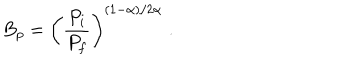
LaTeX: B _ { p } = \left( \frac { P _ { i } } { P _ { f } } \right) ^ { ( 1 - \alpha ) / 2 \alpha } \; .